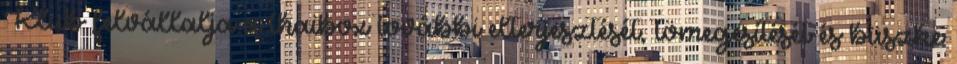
Klub felvállalja a thaibox további elterjesztését, tömegesítését és büszke